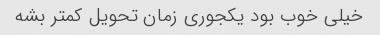
خیلی خوب بود یکجوری زمان تحویل کمتر بشه